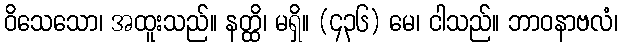
ဝိသေသော၊ အထူးသည်။ နတ္ထိ၊ မရှိ။ (၄၃၆) မေ၊ ငါသည်။ ဘာဝနာဗလံ၊